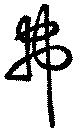
弗